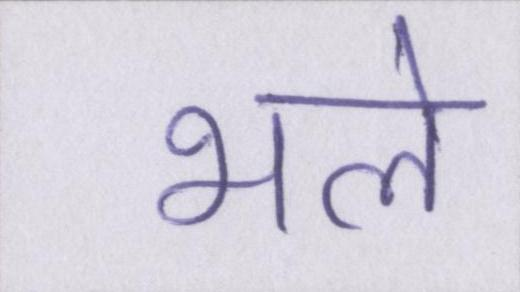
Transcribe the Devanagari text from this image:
भले